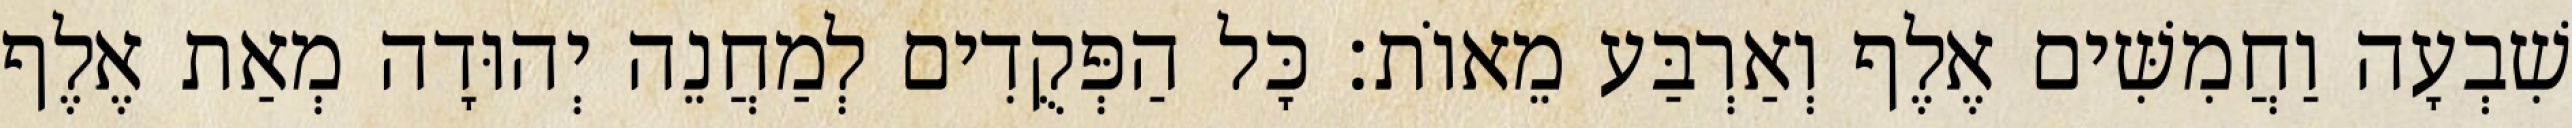
שִׁבְעָה וַחֲמִשִּׁים אֶלֶף וְאַרְבַּע מֵאוֹת׃ כָּל הַפְּקֻדִים לְמַחֲנֵה יְהוּדָה מְאַת אֶלֶף